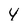
Character: 4